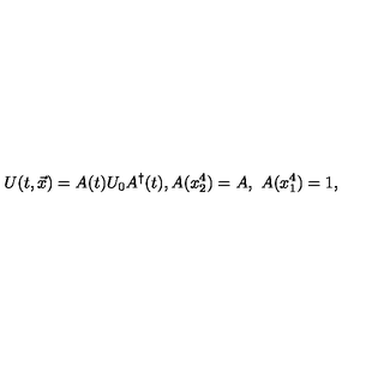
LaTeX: U ( t , \vec { x } ) = A ( t ) U _ { 0 } A ^ { \dagger } ( t ) , A ( x _ { 2 } ^ { 4 } ) = A , \ A ( x _ { 1 } ^ { 4 } ) = 1 ,